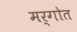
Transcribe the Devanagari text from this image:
मर्गोत